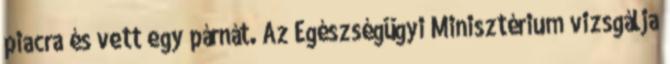
piacra és vett egy párnát. Az Egészségügyi Minisztérium vizsgálja